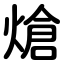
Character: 熗